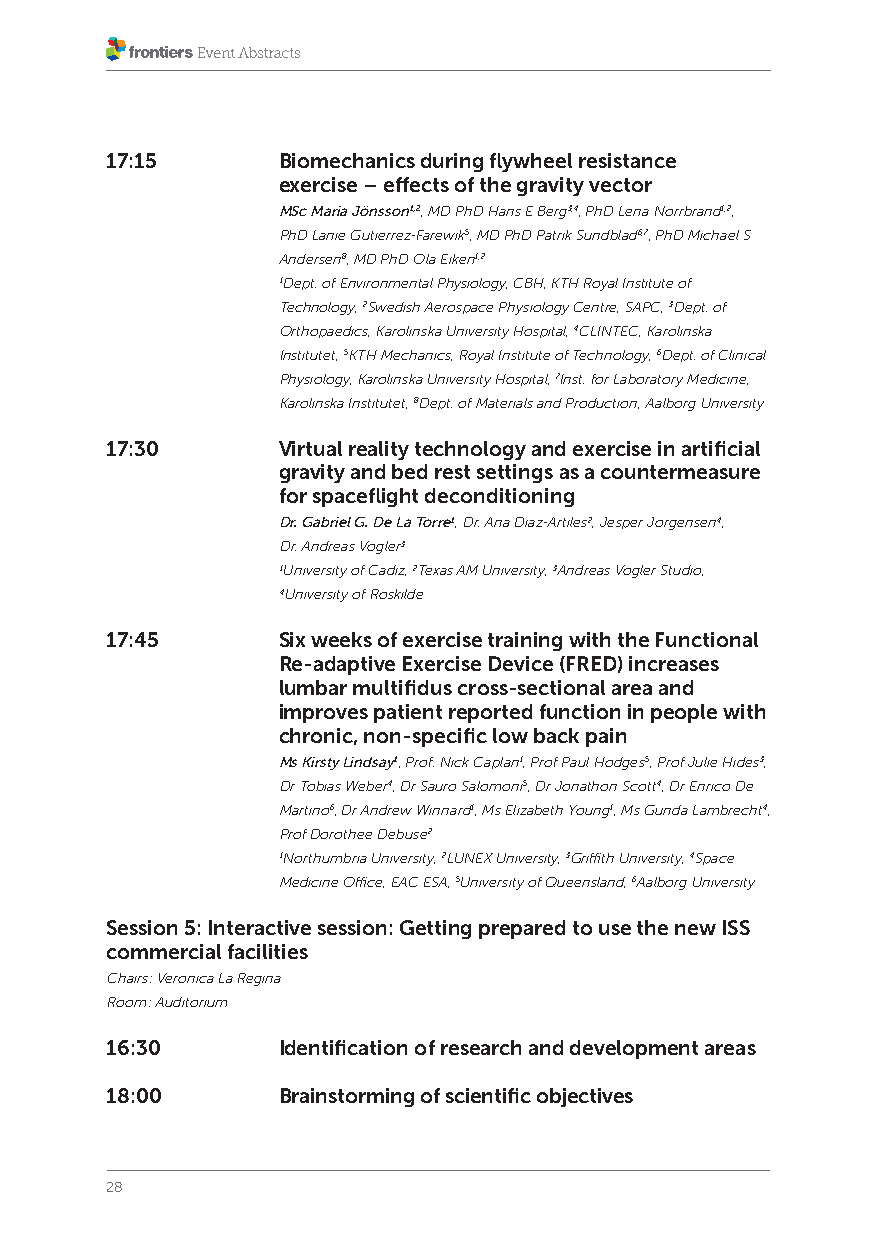
17:15      Biomechanics during flywheel resistance
 exercise – effects of the gravity vector
 MSc Maria Jönsson1,2, MD PhD Hans E Berg3,4, PhD Lena Norrbrand1,2,
 PhD Lanie Gutierrez-Farewik5, MD PhD Patrik Sundblad6,7, PhD Michael S
 Andersen8, MD PhD Ola Eiken1,2
 1Dept. of Environmental Physiology, CBH, KTH Royal Institute of
 Technology, 2Swedish Aerospace Physiology Centre, SAPC, 3Dept. of
 Orthopaedics, Karolinska University Hospital, 4CLINTEC, Karolinska
 Institutet, 5KTH Mechanics, Royal Institute of Technology, 6Dept. of Clinical
 Physiology, Karolinska University Hospital, 7Inst. for Laboratory Medicine,
 Karolinska Institutet, 8Dept. of Materials and Production, Aalborg University
 17:30      Virtual reality technology and exercise in artificial
 gravity and bed rest settings as a countermeasure
 for spaceflight deconditioning
 Dr. Gabriel G. De La Torre1, Dr. Ana Diaz-Artiles2, Jesper Jorgensen4,
 Dr. Andreas Vogler3
 1University of Cadiz, 2Texas AM University, 3Andreas Vogler Studio,
 4University of Roskilde
 17:45      Six weeks of exercise training with the Functional
 Re-adaptive Exercise Device (FRED) increases
 lumbar multifidus cross-sectional area and
 improves patient reported function in people with
 chronic, non-specific low back pain
 Ms Kirsty Lindsay1, Prof. Nick Caplan1, Prof Paul Hodges5, Prof Julie Hides3,
 Dr Tobias Weber4, Dr Sauro Salomoni5, Dr Jonathon Scott4, Dr Enrico De
 Martino6, Dr Andrew Winnard1, Ms Elizabeth Young1, Ms Gunda Lambrecht4,
 Prof Dorothee Debuse2
 1Northumbria University, 2LUNEX University, 3Griffith University, 4Space
 Medicine Office, EAC ESA, 5University of Queensland, 6Aalborg University
 Session 5: Interactive session: Getting prepared to use the new ISS
 commercial facilities
 Chairs: Veronica La Regina
 Room: Auditorium
 16:30      Identification of research and development areas
 18:00      Brainstorming of scientific objectives
 28